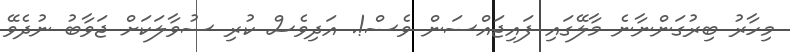
މިހާރު ބިރުގަންނާނެ މާލޭގައި ފައިޖައްސަން ވެސް!. އަދިވެސް ކުރި ސުވާލަކަށް ޖަވާބު ނުދެވޭ